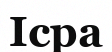
Ісра